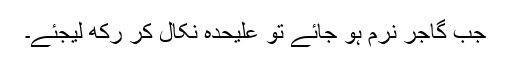
جب گاجر نرم ہو جائے تو علیحدہ نِکال کر رکھ لیجئے۔